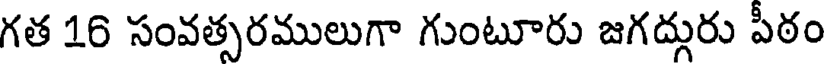
గత 16 సంవత్సరములుగా గుంటూరు జగద్గురు పీఠం